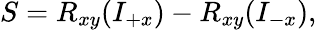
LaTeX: S=R_{xy}(I_{+x})-R_{xy}(I_{-x}),